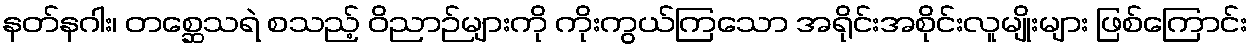
နတ်နဂါး၊ တစ္ဆေသရဲ စသည့် ဝိညာဉ်များကို ကိုးကွယ်ကြသော အရိုင်းအစိုင်းလူမျိုးများ ဖြစ်ကြောင်း